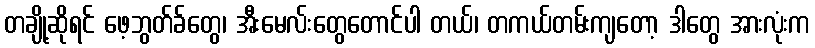
တချို့ဆိုရင် ဖေ့ဘွတ်ခ်တွေ၊ အီးမေလ်းတွေတောင်ပါ တယ်၊ တကယ်တမ်းကျတော့ ဒါတွေ အားလုံးက